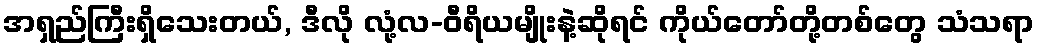
အရှည်ကြီးရှိသေးတယ်, ဒီလို လုံ့လ-ဝီရိယမျိုးနဲ့ဆိုရင် ကိုယ်တော်တို့တစ်တွေ သံသရာ